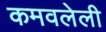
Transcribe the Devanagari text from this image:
कमवलेली